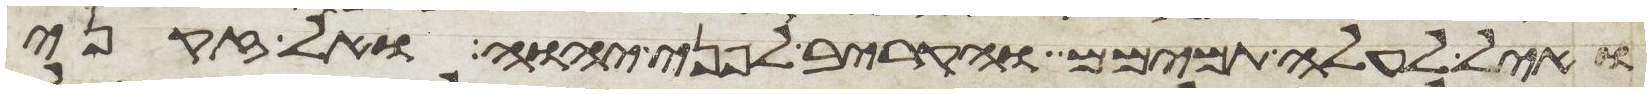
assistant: ואיל לעלה תמימם והקריב לפני יהוה ואל זקני